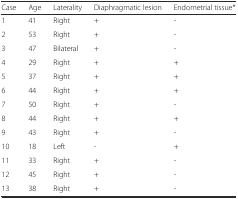
<table><thead><tr><td><b>Case</b></td><td><b>Age</b></td><td><b>Laterality</b></td><td><b>Diaphragmatic lesion</b></td><td><b>Endometrial tissue*</b></td></tr></thead><tbody><tr><td>1</td><td>41</td><td>Right</td><td>+</td><td>-</td></tr><tr><td>2</td><td>53</td><td>Right</td><td>+</td><td>-</td></tr><tr><td>3</td><td>47</td><td>Bilateral</td><td>+</td><td>-</td></tr><tr><td>4</td><td>29</td><td>Right</td><td>+</td><td>+</td></tr><tr><td>5</td><td>37</td><td>Right</td><td>+</td><td>+</td></tr><tr><td>6</td><td>44</td><td>Right</td><td>+</td><td>+</td></tr><tr><td>7</td><td>50</td><td>Right</td><td>+</td><td>-</td></tr><tr><td>8</td><td>44</td><td>Right</td><td>+</td><td>+</td></tr><tr><td>9</td><td>43</td><td>Right</td><td>+</td><td>-</td></tr><tr><td>10</td><td>18</td><td>Left</td><td>-</td><td>+</td></tr><tr><td>11</td><td>33</td><td>Right</td><td>+</td><td>-</td></tr><tr><td>12</td><td>45</td><td>Right</td><td>+</td><td>-</td></tr><tr><td>13</td><td>38</td><td>Right</td><td>+</td><td>-</td></tr></tbody></table>